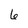
Character: 6